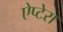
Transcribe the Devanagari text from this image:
ऐप्टेरा